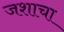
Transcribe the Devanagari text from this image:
जशाचा